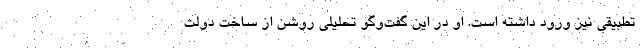
تطبیقی نیز ورود داشته است. او در این گفت‌وگو تحلیلی روشن از ساخت دولت